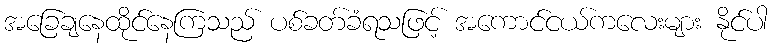
အခြေချနေထိုင်နေကြသည် ပစ်ခတ်ခံရသဖြင့် အကောင်ငယ်ကလေးများ နိုင်ပါ